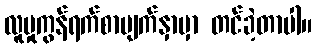
လူမှုကွန်ရက်စာမျက်နှာမှာ တင်ခဲ့တာပါ။